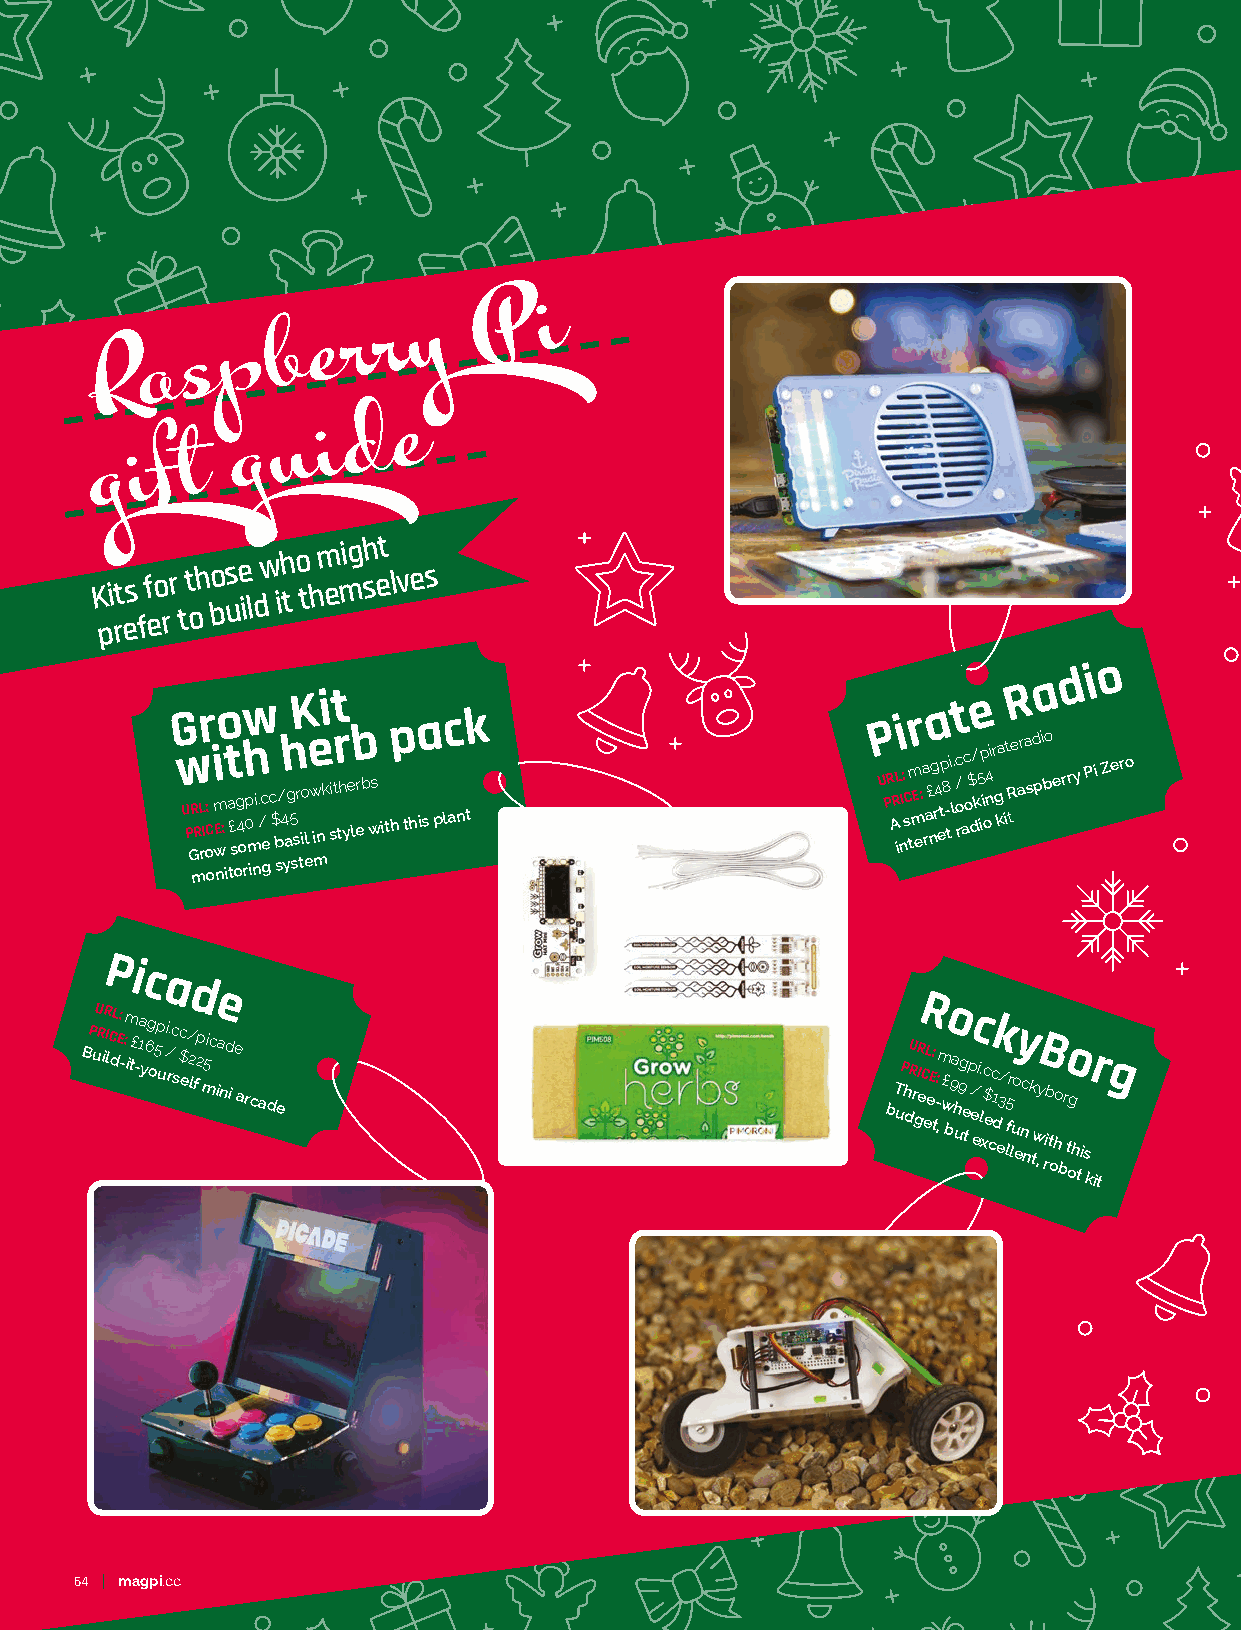
P    i
 R  a  s  p  b e  r r y
 d  e
 u  i
 g  i f t
 g
 K pi rt es ff eo rr tt oh bos ue
 il
 dw ih t o th m
 emigh set
 lves
 o
 d i
 a
 G w U P GR mRL rIr o o: C m wE nio :
 i
 a tt £ s og 4 o r0pw h m
 in
 i. /c e
 g
 c $ b s/ 4 yah g 5 ssK r to i el we i mnki sitt r th ye l b erb ws i thp thia s plc antk P U PR ARL i ni I: sC tm mEr e:a ra£ nga r4 etp 8 - ti. l c / o rt ac o$ d/ ke 5 ip i on4i r g ka it R
 teR
 ara sd pi bo erry Pi Zero
 Pic
 a
 d
 e
 R
 BP uU R iR I lC dL E: - :m i t£ -1a y6g o5p u i / r.c s $c e/ 2 lf2p m5ic ia nd i e arcade bT uP h dU R r gR I eC eL eE:
 t
 -: ,m o w £ b9a h u9g e tc p e/ ei l x.c $ ek cc 1
 d
 e3/ lf5ry luo enc
 n
 k twB ,y rib
 t
 oho bo r
 t
 og
 h ti
 sr
 k
 itg
 64 magpi.cc